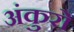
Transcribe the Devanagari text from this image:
अंकुरो